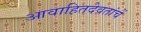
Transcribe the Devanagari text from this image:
आवाहितदेवतांचें